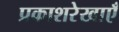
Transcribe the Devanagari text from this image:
प्रकाशरेखाएँ